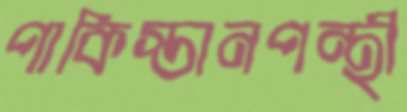
পাকিস্তানপন্থী